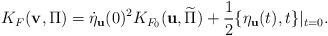
LaTeX: \begin{align*}K_F({\bf v},\Pi) = \dot{\eta}_{\bf u}(0)^2 K_{F_0}({\bf u},\widetilde{\Pi})+\frac{1}{2}\{\eta_{\bf u}(t),t\}|_{t=0}.\end{align*}